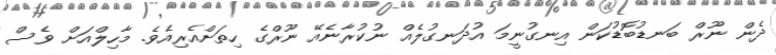
ދެން ނޫރް ބަނޑުބޮޑުކަން އިނގުނީމަ އުދަނގުލެއް ނުކުރާނެއޭ ނޫރްގެ ހިތަށްއެރިއެވެ. މާހިލްއަށް ވެސް